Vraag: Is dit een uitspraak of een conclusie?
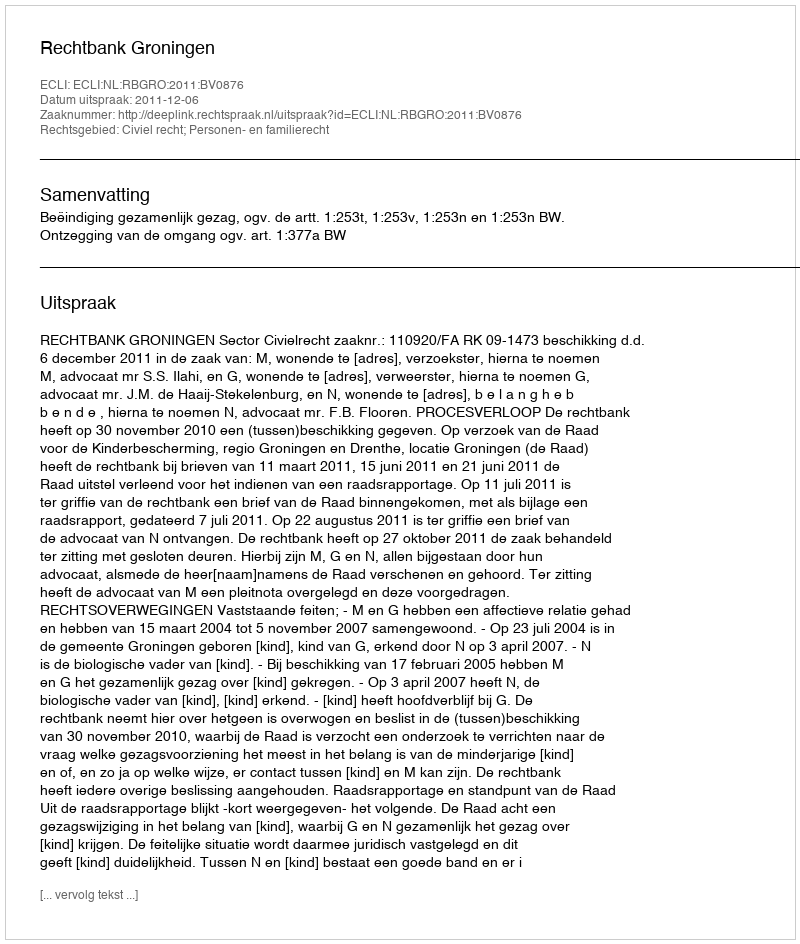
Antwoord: Uitspraak